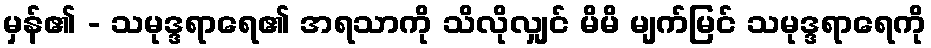
မှန်၏ - သမုဒ္ဒရာရေ၏ အရသာကို သိလိုလျှင် မိမိ မျက်မြင် သမုဒ္ဒရာရေကို